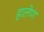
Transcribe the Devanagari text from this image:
हालेण